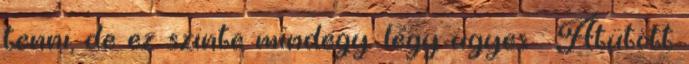
tenni, de ez szinte mindegy. légy ügyes : Átütött